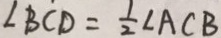
\angle B C D = \frac { 1 } { 2 } \angle A C B